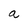
Character: a